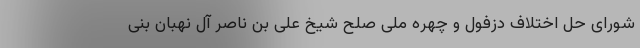
شورای حل اختلاف دزفول و چهره ملی صلح شیخ علی بن ناصر آل نهبان بنی